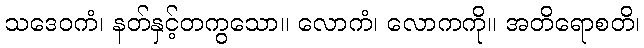
သဒေဝကံ၊ နတ်နှင့်တကွသော။ လောကံ၊ လောကကို။ အတိရောစတိ၊